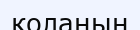
коланың